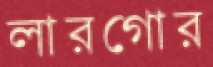
লারগোর